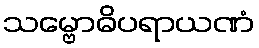
သမ္ဗောဓိပရာယဏံ